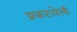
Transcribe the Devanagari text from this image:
प्रकटलेली